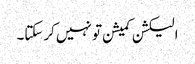
الیکشن کمیشن تو نہیں کرسکتا۔